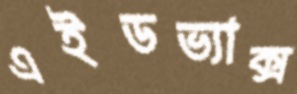
এইডভ্যাক্স